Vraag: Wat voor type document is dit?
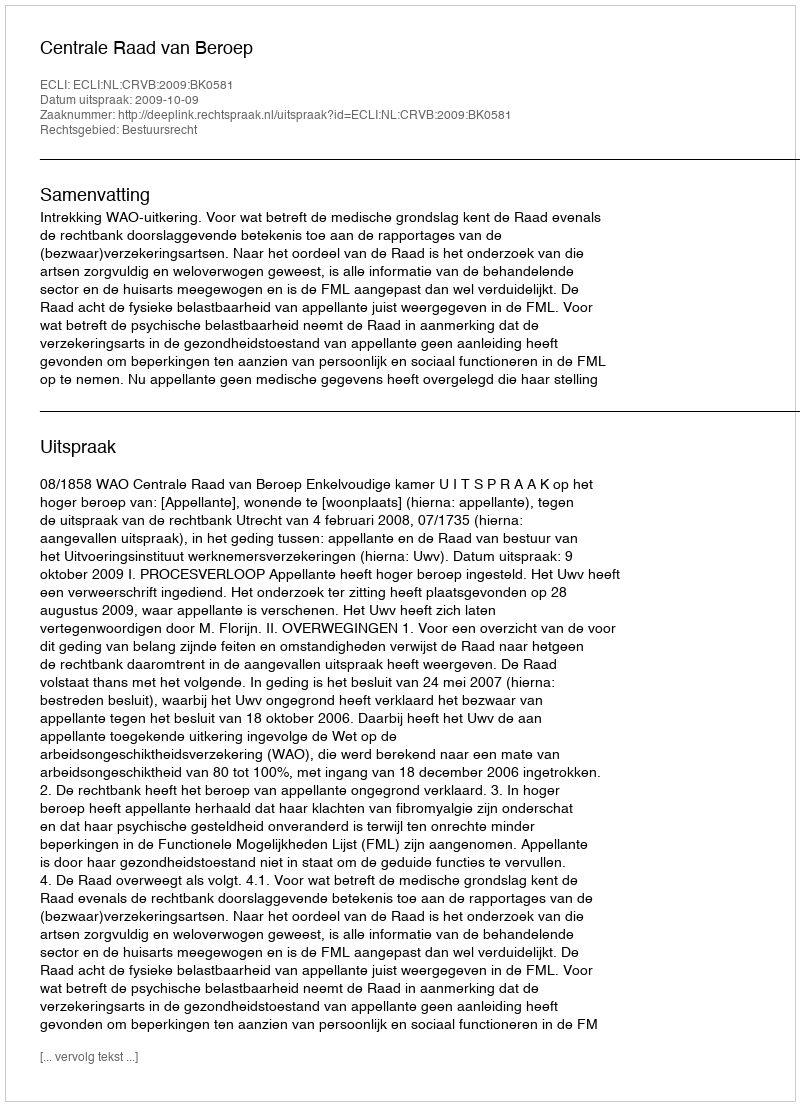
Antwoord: Uitspraak